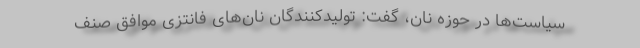
سیاست‌ها در حوزه نان، گفت: تولیدکنندگان نان‌‌های فانتزی موافق صنف